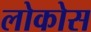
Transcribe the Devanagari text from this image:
लोकोस